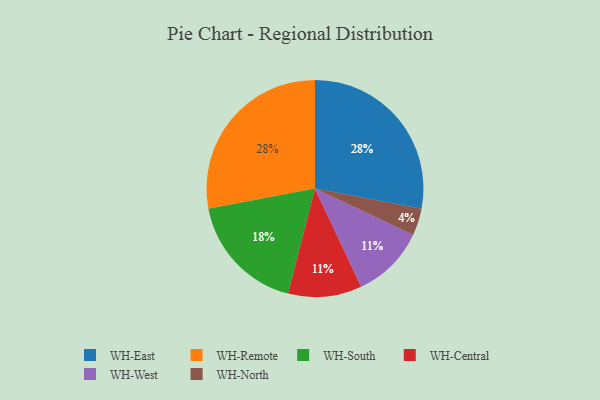
{"axis": {"x": "Category", "y": "Percentage"}, "legend": ["WH-Central", "WH-East", "WH-North", "WH-Remote", "WH-South", "WH-West"], "data": [{"x": "WH-South", "y": 18, "type": "WH-South"}, {"x": "WH-East", "y": 28, "type": "WH-East"}, {"x": "WH-Central", "y": 11, "type": "WH-Central"}, {"x": "WH-North", "y": 4, "type": "WH-North"}, {"x": "WH-Remote", "y": 28, "type": "WH-Remote"}, {"x": "WH-West", "y": 11, "type": "WH-West"}]}